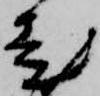
老